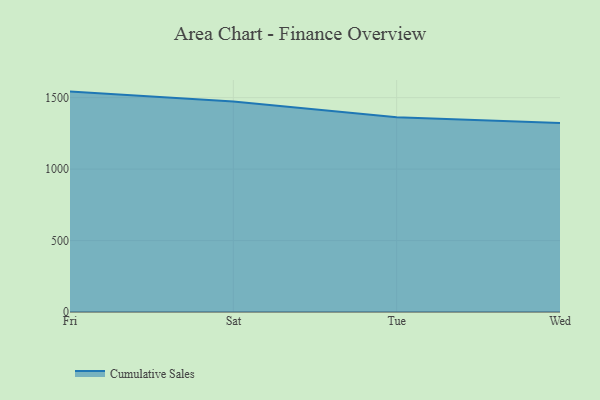
{"axis": {"x": "Day", "y": "Gross Profit (USD K)"}, "legend": ["Cumulative Sales"], "data": [{"x": "Fri", "y": 1542.5, "type": "Cumulative Sales"}, {"x": "Sat", "y": 1472.8, "type": "Cumulative Sales"}, {"x": "Tue", "y": 1363.8, "type": "Cumulative Sales"}, {"x": "Wed", "y": 1322.6, "type": "Cumulative Sales"}]}